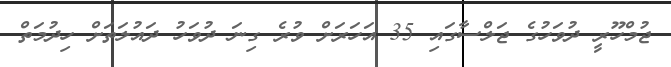
ޖުމްހޫރީ ދުވަހުގެ ޖަލްސާގައި 35 އަހަރަށް ވުރެ ގިނަ ދުވަހު ދައުލަތަށް ހިދުމަތް